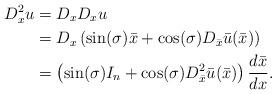
LaTeX: \begin{align*}D_{x}^{2}u & =D_{x}D_{x}u\\& =D_{x}\left( \sin(\sigma)\bar{x}+\cos(\sigma)D_{\bar{x}}\bar{u}(\bar{x})\right) \\& =\left( \sin(\sigma)I_{n} +\cos(\sigma)D_{\bar{x}}^{2}\bar{u}(\bar{x})\right) \frac{d\bar{x}}{dx}.\end{align*}